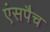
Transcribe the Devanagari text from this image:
एंसपैच